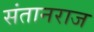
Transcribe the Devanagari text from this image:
संतानराज